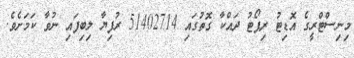
މިނިސްޓްރީގެ އޮޑިޓު ރިޕޯޓު ދައްކާ ގޮތުގައި 51402714 ރުފިޔާ ލިބިފައި ނުވާ ކަމަށެވެ.